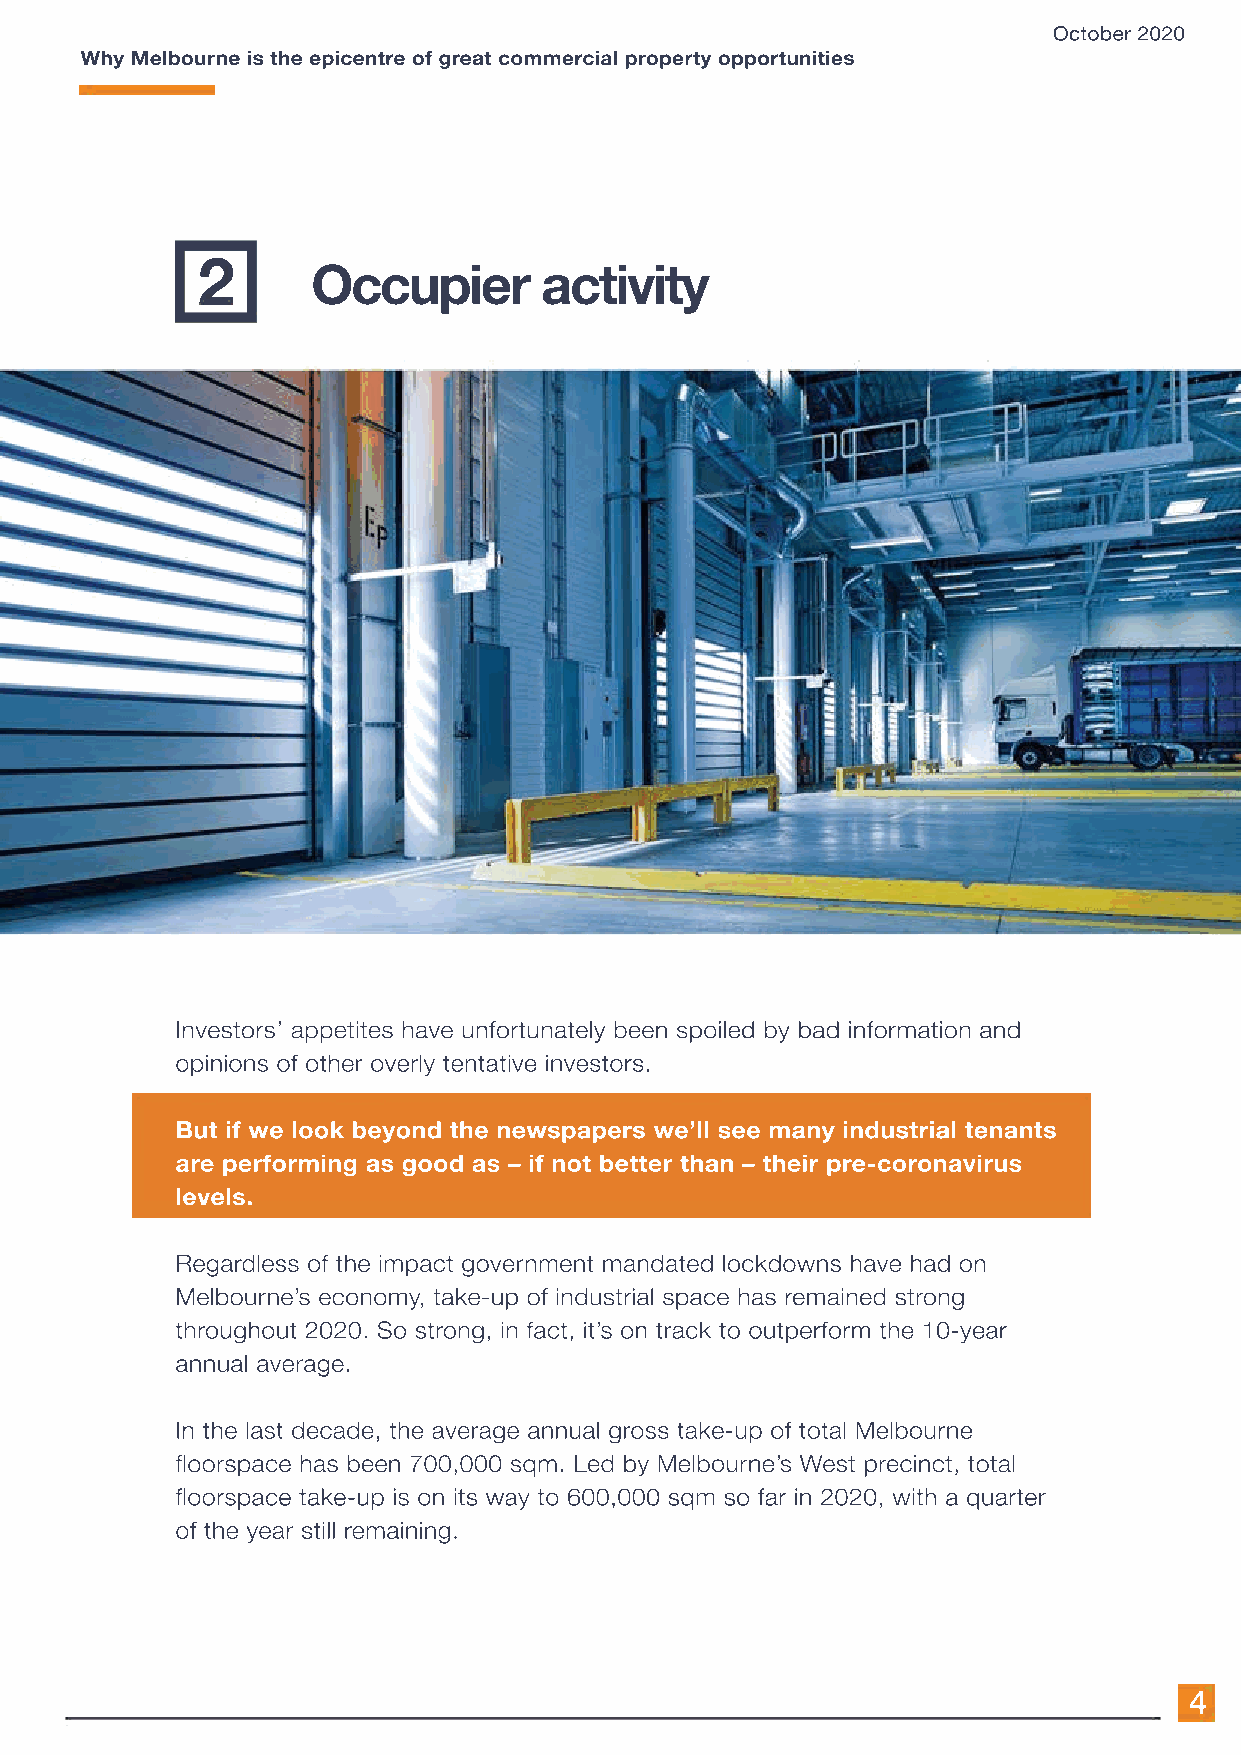
October 2020
 Why Melbourne is the epicentre of great commercial property opportunities
 2       Occupier       activity
 Investors’ appetites have unfortunately been spoiled by bad information and
 opinions of other overly tentative investors.
 But if we look beyond the newspapers we’ll see many industrial tenants
 are performing as good as – if not better than – their pre-coronavirus
 levels.
 RReeggaardless of the impact government mandated lockdowns have had on
 Melbourne’s economy, take-up of industrial space has remained strong
 throughout 2020. So strong, in fact, it’s on track to outperform the 10-year
 annual average.
 IInn tthhee llaasstt ddeeccaaddee,, tthhee aavveerraaggee aannnnuuaall ggross take-up of total Melbourne
 floorspace has been 700,000 sqm. Led by Melbourne’s West precinct, total
 floorspace take-up is on its way to 600,000 sqm so far in 2020, with a quarter
 of the year still remaining.
 4